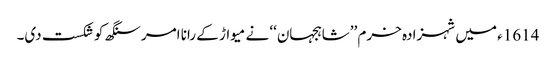
1614ء میں شہزادہ خرم ’’شاہجہان‘‘ نے میواڑ کے رانا امرسنگھ کو شکست دی۔